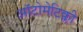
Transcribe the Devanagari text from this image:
ऑटोमेटिक्ली